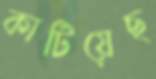
কাটিয়েছ